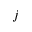
j